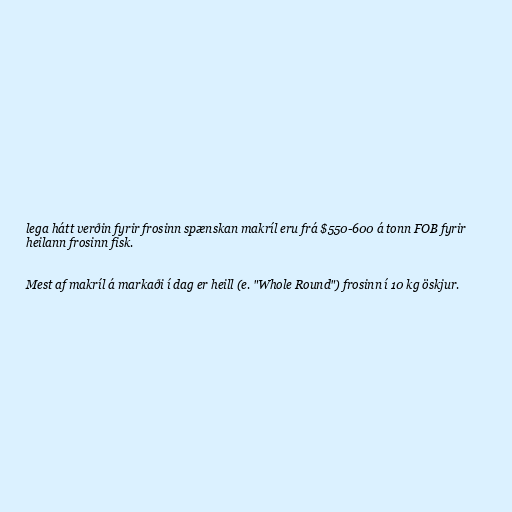
lega hátt verðin fyrir frosinn spænskan makríl eru frá $550-600 á tonn FOB fyrir
heilann frosinn fisk.

Mest af makríl á markaði í dag er heill (e. "Whole Round") frosinn í 10 kg öskjur.